Indian Medical Review
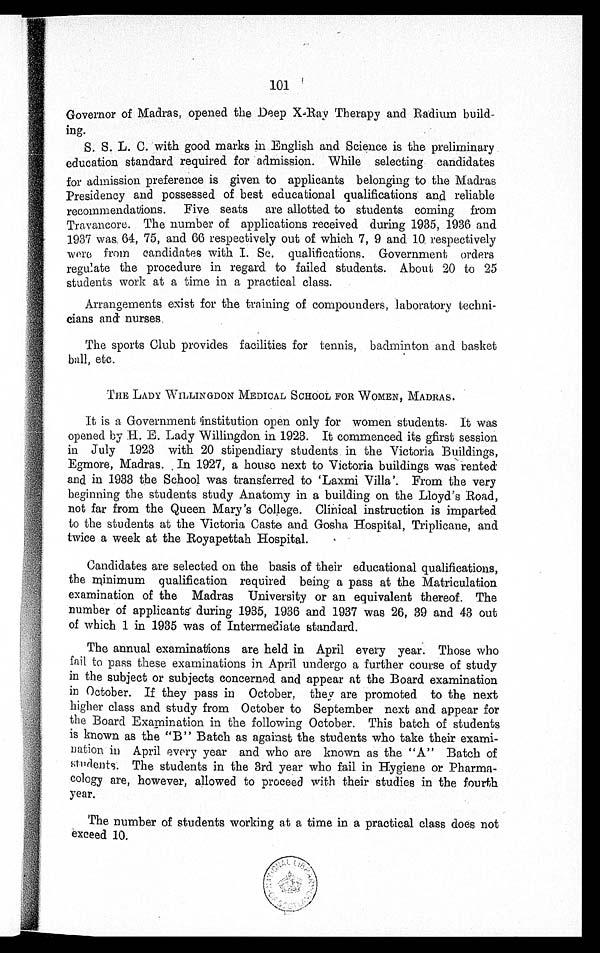
101
Governor of Madras, opened the Deep X-Ray Therapy and Radium build
-ing.
S. S. L. C. with good marks in English and Science is the preliminary
education standard required for admission. While selecting candidates
for admission preference is given to applicants belonging to the Madras
Presidency and possessed of best educational qualifications and reliable
recommendations. Five seats are allotted to students coming from
Travancore. The number of applications received during 1935, 1936 and
1937 was 64, 75, and 66 respectively out of which 7, 9 and 10 respectively
were from candidates with I. Sc. qualifications. Government orders
regulate the procedure in regard to failed students. About 20 to 25
students work at a time in a practical class.
Arrangements exist for the training of compounders, laboratory techni-
cians and nurses.
The sports Club provides facilities for tennis, badminton and basket
ball, etc.
THE LADY WILLINGDON MEDICAL SCHOOL FOR WOMEN, MADRAS.
It is a Government institution open only for women students. It was
opened by H. E. Lady Willingdon in 1923. It commenced its gfirst session
in July 1923 with 20 stipendiary students in the Victoria Buildings,
Egmore, Madras. In 1927, a house next to Victoria buildings was rented
and in 1933 the School was transferred to 'Laxmi Villa'. From the very
beginning the students study Anatomy in a building on the Lloyd's Road,
not far from the Queen Mary's College. Clinical instruction is imparted
to the students at the Victoria Caste and Gosha Hospital, Triplicane, and
twice a week at the Royapettah Hospital.
Candidates are selected on the basis of their educational qualifications,
the minimum qualification required being a pass at the Matriculation
examination of the Madras University or an equivalent thereof. The
number of applicants during 1935, 1936 and 1937 was 26, 39 and 43 out
of which 1 in 1935 was of Intermediate standard.
The annual examinations are held in April every year. Those who
fail to pass these examinations in April undergo a further course of study
in the subject or subjects concerned and appear at the Board examination
in October. If they pass in October, they are promoted to the next
higher class and study from October to September next and appear for
the Board Examination in the following October. This batch of students
is known as the "B" Batch as against the students who take their exami-
nation in April every year and who are known as the "A" Batch of
students. The students in the 3rd year who fail in Hygiene or Pharma-
cology are, however, allowed to proceed with their studies in the fourth
year.
The number of students working at a time in a practical class does not
exceed 10.